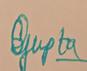
Signature authenticity: genuine